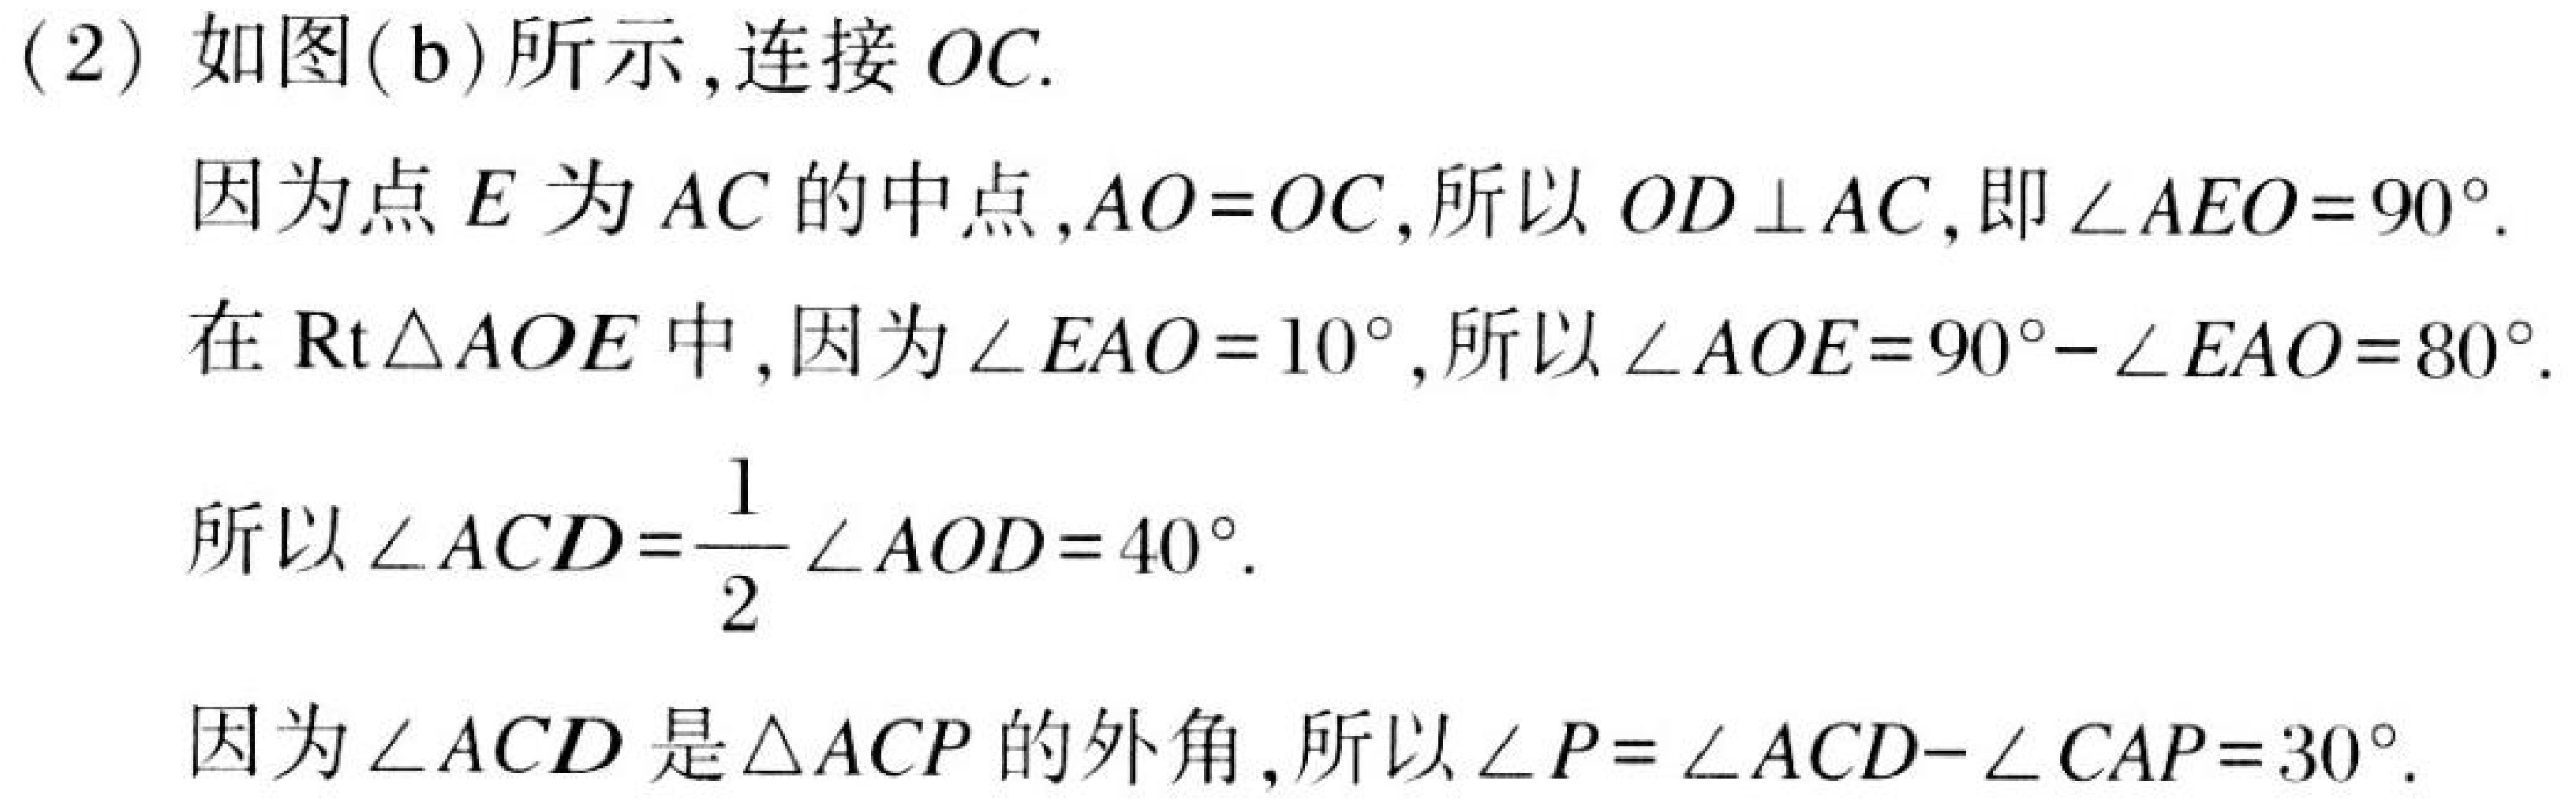
(2) 如图(b)所示,连接 \(OC\).
因为点 \(E\) 为 \(AC\) 的中点,\(AO = OC\),所以 \(OD\perp AC\),即 \(\angle AEO = 90^{\circ}\).
在 \(\text{Rt}\triangle AOE\) 中,因为 \(\angle EAO = 10^{\circ}\),所以 \(\angle AOE = 90^{\circ}-\angle EAO = 80^{\circ}\).
所以 \(\angle ACD=\frac{1}{2}\angle AOD = 40^{\circ}\).
因为 \(\angle ACD\) 是 \(\triangle ACP\) 的外角,所以 \(\angle P=\angle ACD - \angle CAP = 30^{\circ}\).